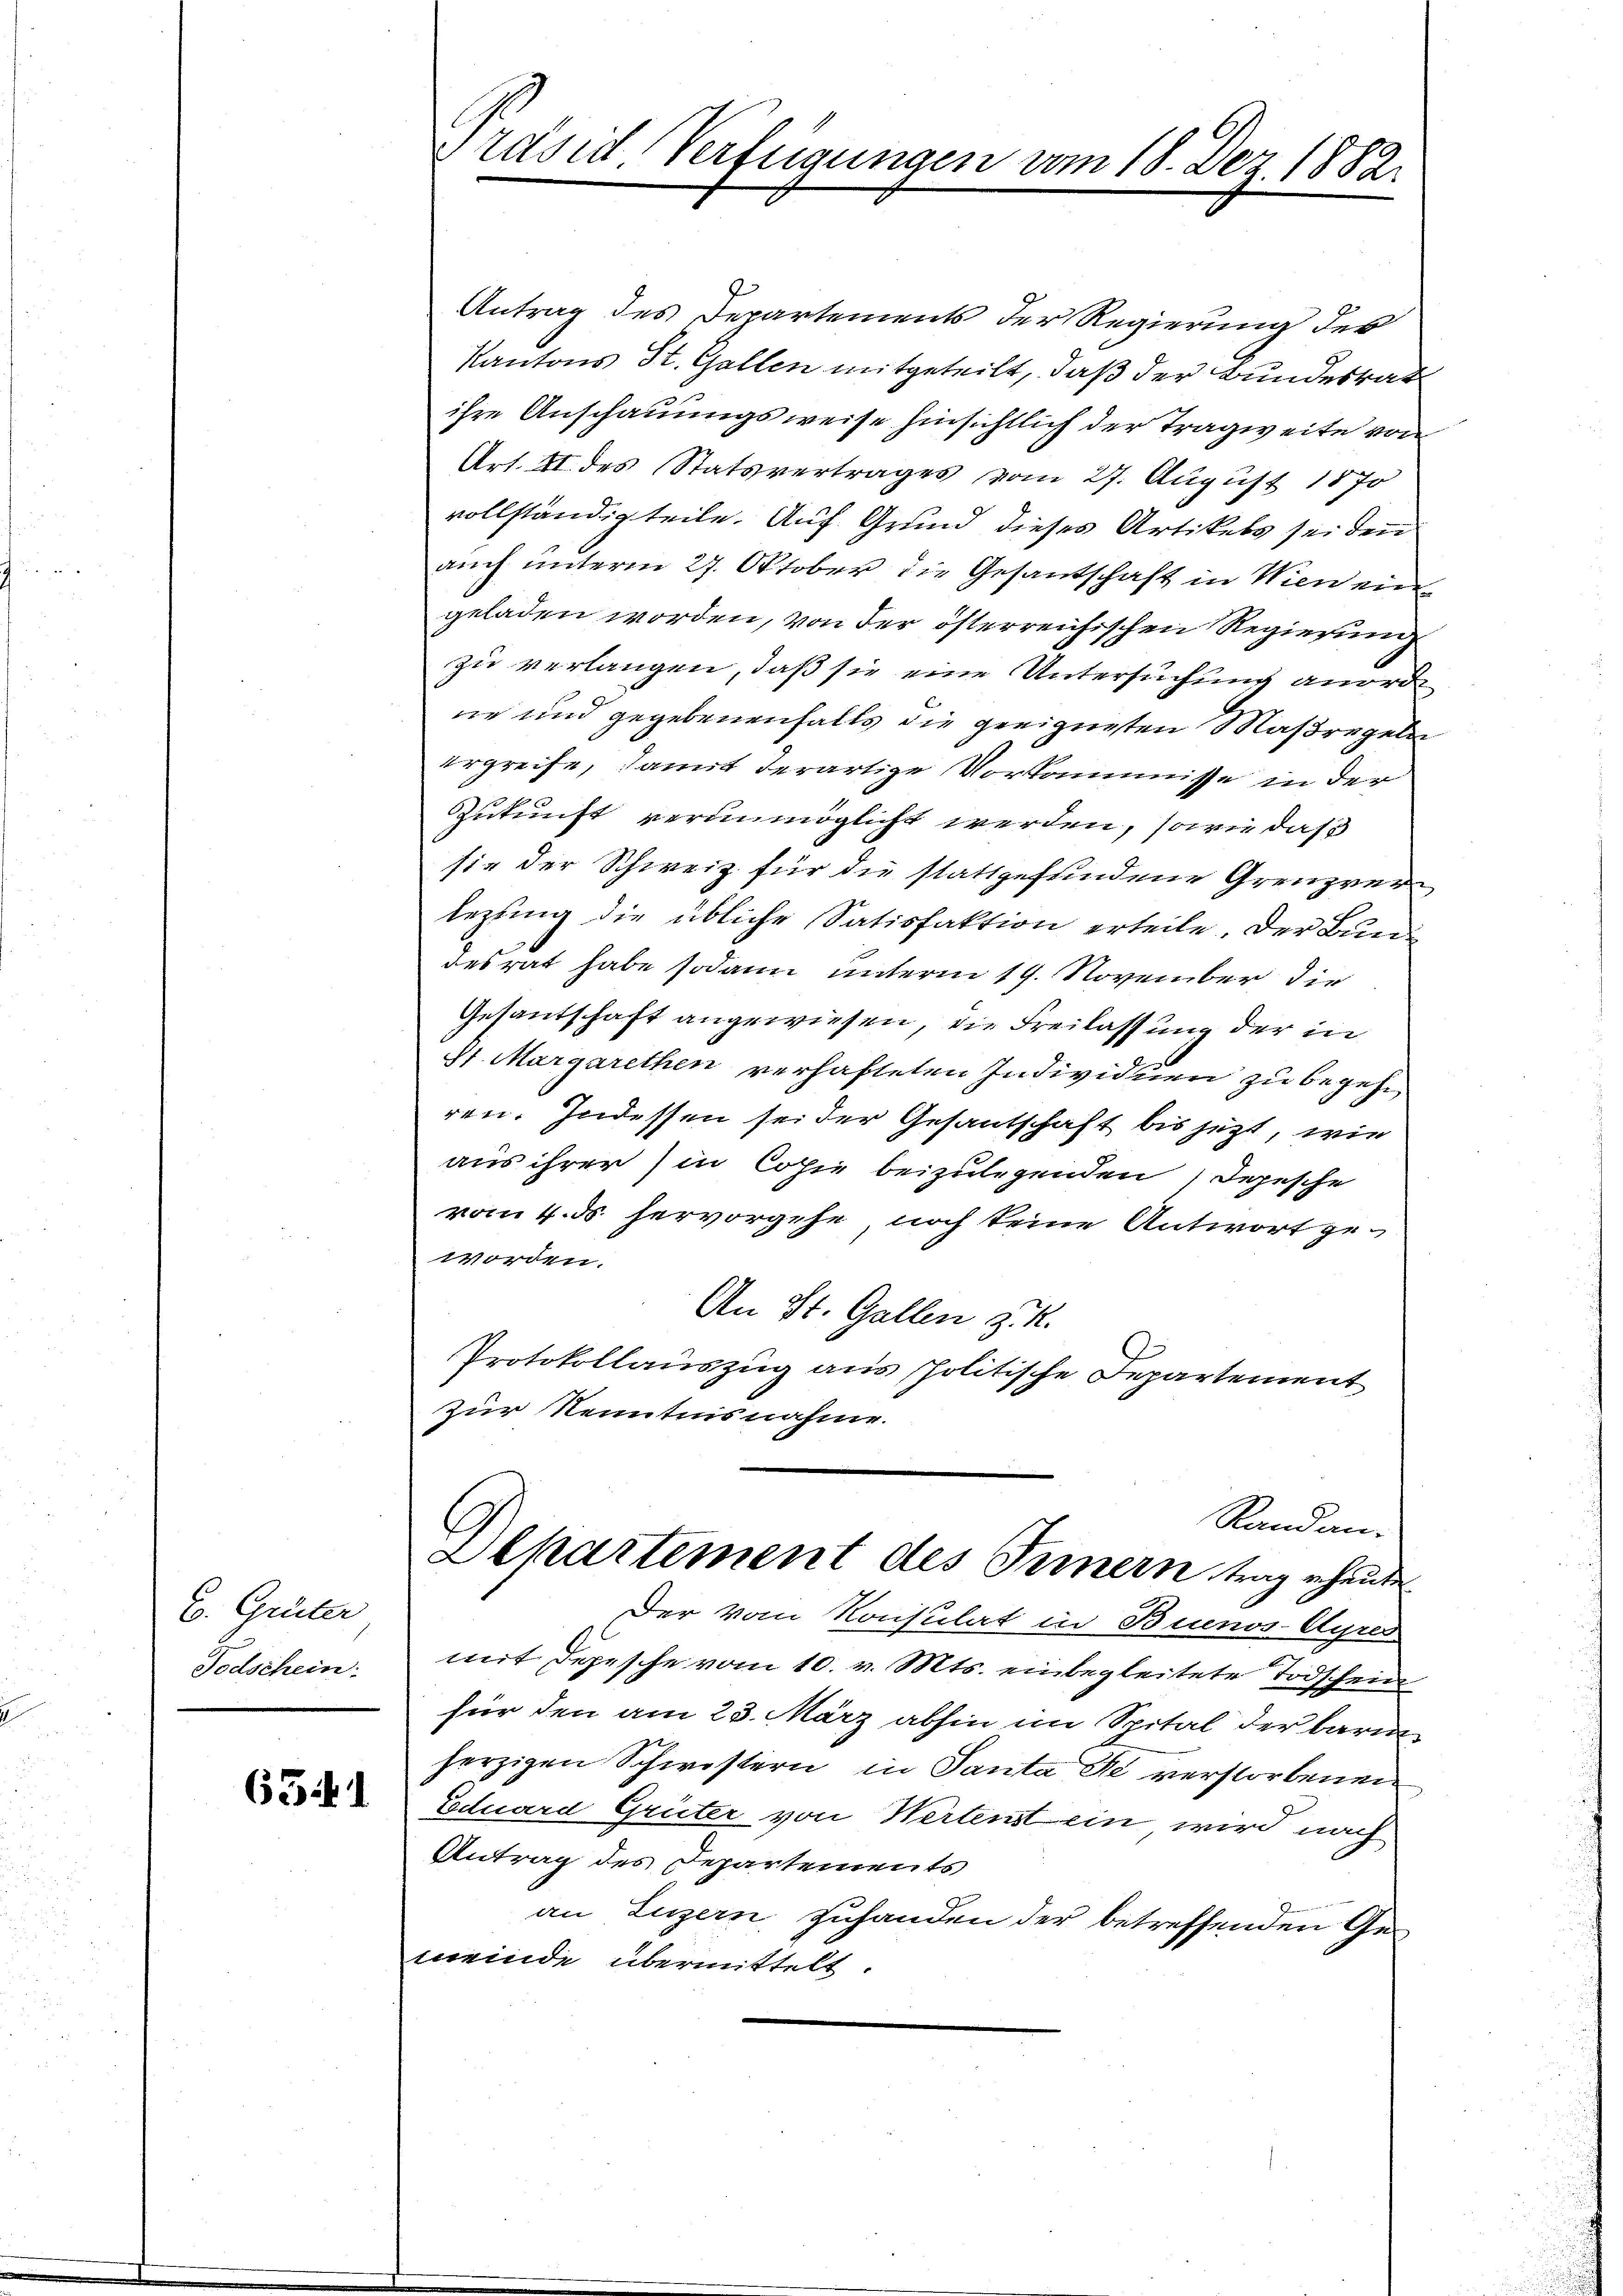
E. Greiter
Todschein.

63

Präsid Verfügungen vom 18. Dez. 1882.

Antrag des Departements der Regierung des
Kantons St. Gallen mitgeteilt, daß der Bundesrat
ihre Anschauungsweise hinsichtlich der Tragweite von
Art. II. des Statsvertrages vom 27. August 1870
vollständig teile. Auf Grund dieses Artikels sei den
auch unterm 27. Oktober die Gesantschaft in Wien eingeladen worden, von der österreichischen Regierung
zu verlangen, daß sie eine Untersuchung anordne und gegebenenfalls die geeignesten Maßregeln
ergreife, damit derartige Vorkommisse in der
Zukunft verunmöglicht werden, sowie daß
sie der Schweiz für die stattgefundene Grenzverlegung die übliche Satisfaktion erteile. Der Bundesrat habe sodann unterm 19. November die
Gesantschaft angewiesen, die Freilassung der in
81. Margarethen verhafteten Individuen zu begehe
ren. Indessen sei der Gesantschaft bis jetzt, wie
aus ihrer) in Copie beizulegenden Depesche
vom 4. ds hervorgehe, noch keine Antwort ge-
worden.
An St. Gallen z. R.
Protokollauszug aus politische Departement
zur Kenntnisnahme.
Randan-
Alkartement des Innern trag heute
Der vom Konsulat in Binos Ayres
mit Depesche vom 10. v. Mts. einbegleitete Todschein
für den am 23. März abhin im Spital der barm
herzigen Schwistern in Santa de verstorbenen
Eduard Grüter von Wertenst ein wird nach
Antrag des Departements
an Luzern, zuhanden der betreffenden Gemeinde übermittelt.